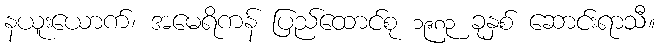
နယူးယောက်၊ အမေရိကန် ပြည်ထောင်စု ၁၉၈၃ ခုနှစ် ဆောင်းရာသီ။